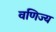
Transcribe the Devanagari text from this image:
वणिज्य